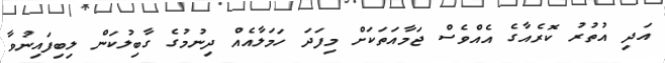
އަދި އުތުރު ކޮރެއާގެ އެއްވެސް ޖަމާއަތަކަށް މިފަދަ ހަމަލާއެއް ދިނުމުގެ ގާބިލުކަން ލިބިފައިނުވާ